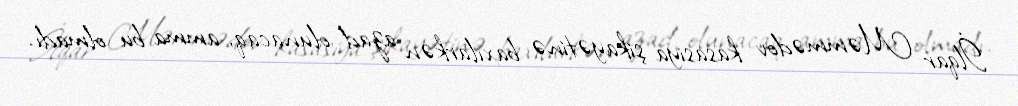
İlqar Məmmədov kasasiya şikayətinə baxılarkən azad olunacaq, amma bu olmadı.